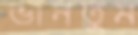
ভানতুম